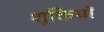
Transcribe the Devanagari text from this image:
शुक्तियों